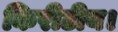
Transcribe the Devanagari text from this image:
किरीटीय।